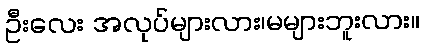
ဦးလေး အလုပ်များလား၊မများဘူးလား။